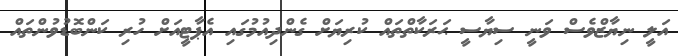
އަލީ ނިޔާޒްވެސް ވަނީ ސިޔާސީ ޙަރަކާތްތައް ކުރިޔަށް ގެންދިއުމުގައި އެޕާޓީއަށް ހުރި ކަންބޮޑުވުންތައް